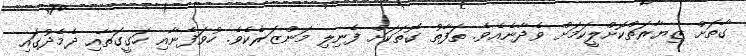
ގާތަށް ޒިޔާރަތްކޮށްލީކަމަށް ވެދާނެއެވެ. ތަފާތު ގޮތަކަށް ފެނިލި މަންޒަރެކެވެ. ހުވަފެނާއި ހަގީގަތާއި ދެމެދުގައި